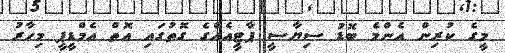
މީގެ ކުރިން އެންމެ ބޮޑު ސިޔާސީ ޕާޓީއެއްގެ ގޮތުގައި އޮތް އެމްޑީޕީ މިހާރު